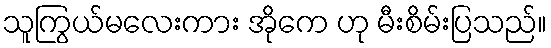
သူကြွယ်မလေးကား အိုကေ ဟု မီးစိမ်းပြသည်။